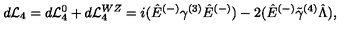
d { \cal L } _ { 4 } = d { \cal L } _ { 4 } ^ { 0 } + d { \cal L } _ { 4 } ^ { W Z } = i ( \hat { E } ^ { ( - ) } \gamma ^ { ( 3 ) } \hat { E } ^ { ( - ) } ) - 2 ( \hat { E } ^ { ( - ) } \tilde { \gamma } ^ { ( 4 ) } \hat { \Lambda } ) ,